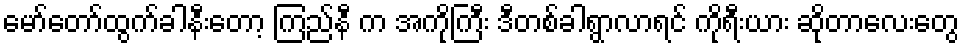
မော်တော်ထွက်ခါနီးတော့ ကြည်နီ က အကိုကြီး ဒီတစ်ခါရွာလာရင် ကိုရီးယား ဆိုတာလေးတွေ